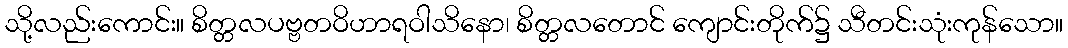
သို့လည်းကောင်း။ စိတ္တလပဗ္ဗတဝိဟာရဝါသိနော၊ စိတ္တလတောင် ကျောင်းတိုက်၌ သီတင်းသုံးကုန်သော။